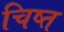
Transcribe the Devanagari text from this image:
चिष्त